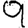
Digit: 9